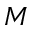
M